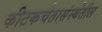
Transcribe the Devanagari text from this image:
कीटकचेतासंस्थेतील